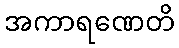
အကာရဏေတိ